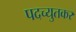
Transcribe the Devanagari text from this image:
पदच्युतकर